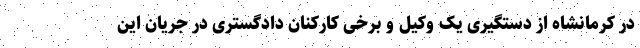
در کرمانشاه از دستگیری یک وکیل و برخی کارکنان دادگستری در جریان این